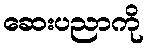
ဆေးပညာကို